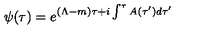
\psi ( \tau ) = e ^ { ( \Lambda - m ) \tau + i \int ^ { \tau } A ( \tau ^ { \prime } ) d \tau ^ { \prime } }